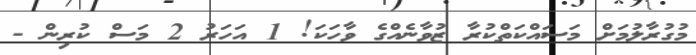
މުގުރާލުމަށް މަސައްކަތްކުރާ ޒުވާނެއްގެ ވާހަކަ! 1 އަހަރު 2 މަސް ކުރިން -